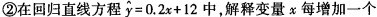
②在回归直线方程$$\widehat { y }